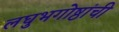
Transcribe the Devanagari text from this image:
लघुभगोष्ठांची